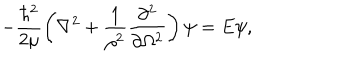
LaTeX: - \frac { \hbar ^ { 2 } } { 2 \mu } \left( \nabla ^ { 2 } + \frac { 1 } { \rho ^ { 2 } } \frac { \partial ^ { 2 } } { \partial \Omega ^ { 2 } } \right) \psi = E \psi ,